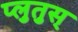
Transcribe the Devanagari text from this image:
प्लुतुस्